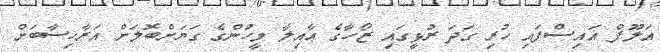
އަލޫފް އައިސްފައި ހުރި ގަދަ ރުޅީގައި ޒޯހާގެ ޢާއިލާ މީހުންގެ ގަޔަށްބޮލަށް އަރާހިސާބަށް